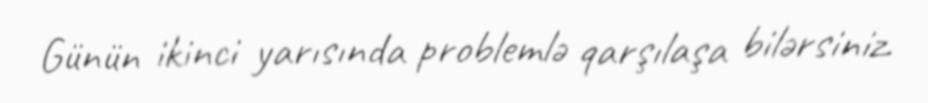
Günün ikinci yarısında problemlə qarşılaşa bilərsiniz.